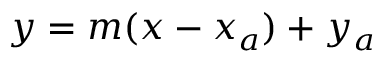
y = m ( x - x _ { a } ) + y _ { a }